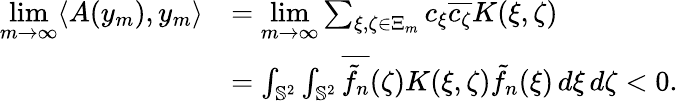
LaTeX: \begin{array}{rl}{\underset{m\rightarrow\infty}{\operatorname*{lim}}\langle A(y_{m}),y_{m}\rangle}&{=\underset{m\rightarrow\infty}{\operatorname*{lim}}\sum_{\xi,\zeta\in\Xi_{m}}c_{\xi}\overline{{c_{\zeta}}}K(\xi,\zeta)}\\ &{=\int_{{\mathbb{S}^{2}}}\int_{{\mathbb{S}^{2}}}\overline{{\tilde{f}_{n}}}(\zeta)K(\xi,\zeta)\tilde{f}_{n}(\xi)\, d\xi\, d\zeta<0.}\end{array}